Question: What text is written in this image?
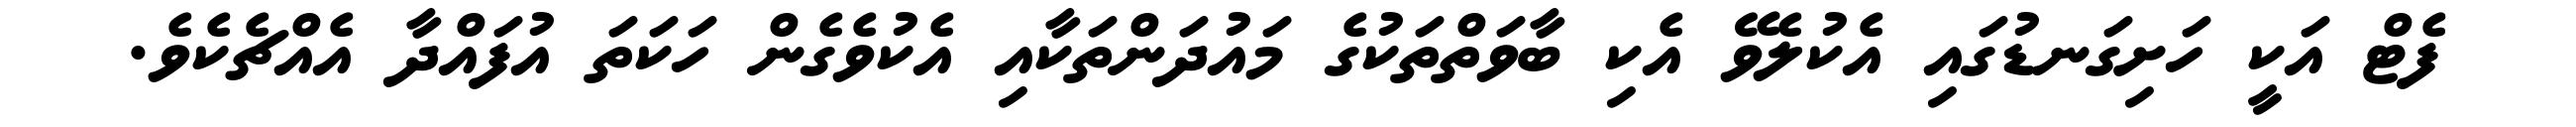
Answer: ފެޓް އަކީ ހަށިގަނޑުގައި އެކުލެވޭ އެކި ބާވަތްތަކުގެ މައުދަންތަކާއި އެކުވެގެން ހަކަތަ އުފައްދާ އެއްޗެކެވެ.